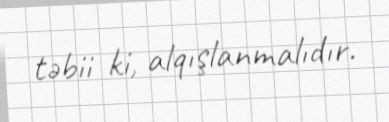
təbii ki, alqışlanmalıdır.